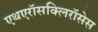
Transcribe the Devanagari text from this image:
एथएरॉसक्लिरॉसेस